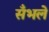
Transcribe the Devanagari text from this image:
सँभले